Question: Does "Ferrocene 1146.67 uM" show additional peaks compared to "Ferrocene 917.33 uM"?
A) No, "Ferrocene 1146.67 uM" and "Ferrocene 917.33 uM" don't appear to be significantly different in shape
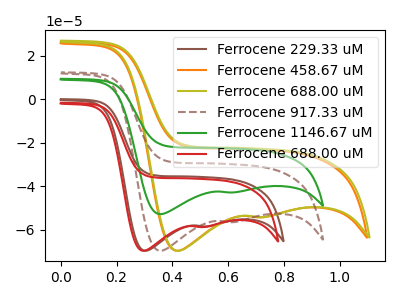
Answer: <think>The brown curve "Ferrocene 229.33 uM" has cathodic peaks at (0.30V, -69.60uA) (0.55V, -58.40uA). The orange curve "Ferrocene 458.67 uM" has cathodic peaks at (0.40V, -69.60uA) (0.75V, -54.20uA). The olive curve "Ferrocene 688.00 uM" has cathodic peaks at (0.40V, -69.60uA) (0.75V, -54.10uA). The brown dashed curve "Ferrocene 917.33 uM" has cathodic peaks at (0.35V, -69.60uA) (0.60V, -56.40uA). The green curve "Ferrocene 1146.67 uM" has cathodic peaks at (0.35V, -52.75uA) (0.60V, -42.80uA). The red curve "Ferrocene 688.00 uM" has cathodic peaks at (0.30V, -69.60uA) (0.50V, -58.65uA).
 All the peaks in "Ferrocene 1146.67 uM" have a peak in "Ferrocene 917.33 uM" at the same potential. Every peak in "Ferrocene 1146.67 uM" is lower than every peak in "Ferrocene 917.33 uM".</think>
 <answer>A) No, "Ferrocene 1146.67 uM" and "Ferrocene 917.33 uM" don't appear to be significantly different in shape</answer>
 <eval>A</eval>